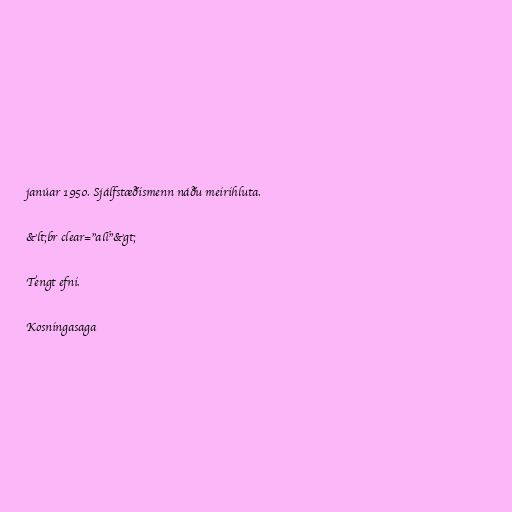
janúar 1950. Sjálfstæðismenn náðu meirihluta.

&lt;br clear="all"&gt;

Tengt efni.

Kosningasaga